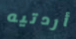
أردتيه